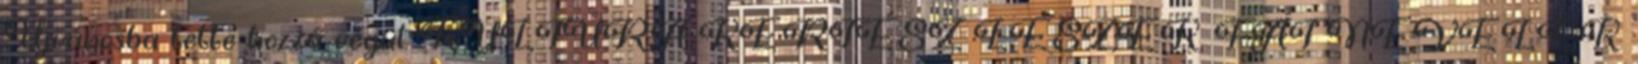
Újvárosba tette hozzá végül. KULTÚRA KERTÉSZ LESZEK, FÁT NEVELEK.